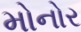
મોનોર